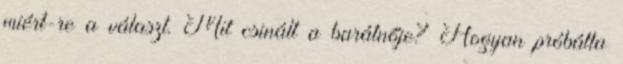
miért-re a választ. Mit csinált a barátnője? Hogyan próbálta